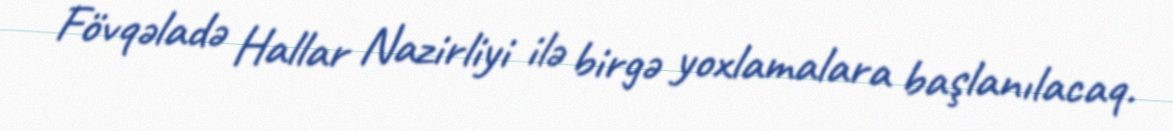
Fövqəladə Hallar Nazirliyi ilə birgə yoxlamalara başlanılacaq.